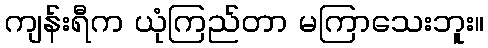
ကျန်းရီက ယုံကြည်တာ မကြာသေးဘူး။